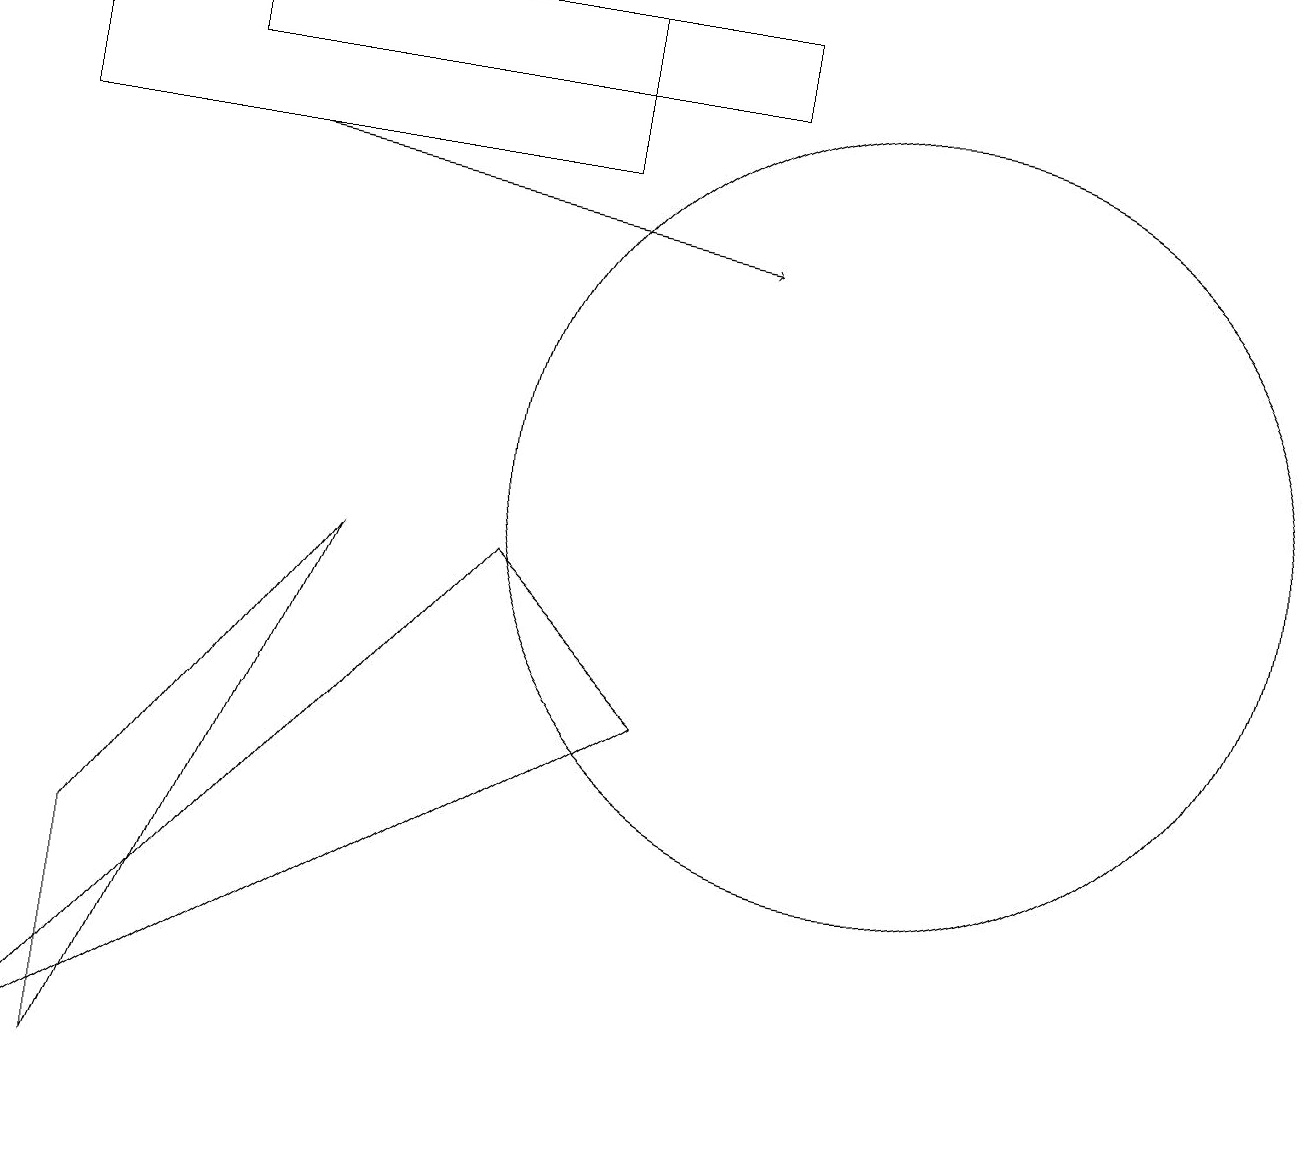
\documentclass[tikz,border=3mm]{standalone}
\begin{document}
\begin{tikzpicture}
\draw[->] (3,14) -- (9,13);
\draw (0,2) -- (6,9) -- (8,7) -- cycle;
\draw (2,15) rectangle (9,16);
\draw (0,14) rectangle (7,16);
\draw (11,10) circle (5);
\draw (1,5) -- (1,2) -- (4,9) -- cycle;
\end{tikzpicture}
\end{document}